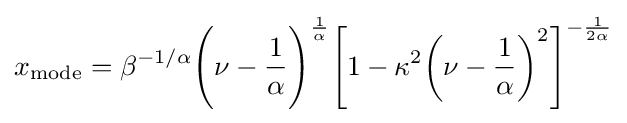
x_{\textrm {mode}}=\beta ^{-1/\alpha }{\Bigg (}\nu -{\frac {1}{\alpha }}{\Bigg )}^{\frac {1}{\alpha }}{\Bigg [}1-\kappa ^{2}{\bigg (}\nu -{\frac {1}{\alpha }}{\bigg )}^{2}{\Bigg ]}^{-{\frac {1}{2\alpha }}}